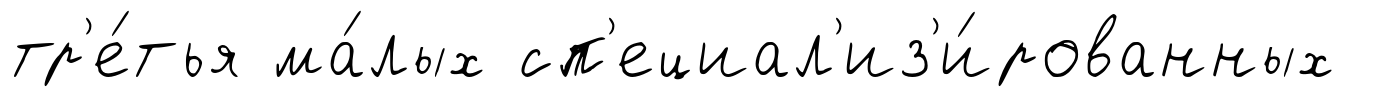
тр'е́тья ма́лых сп'ециал'из'и́рованных